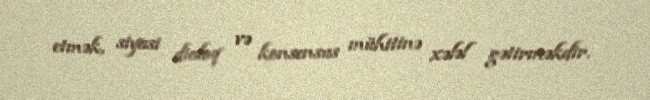
etmək, siyasi dialoq və konsensus mühitinə xələl gətirməkdir.